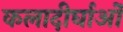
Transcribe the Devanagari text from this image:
कलादीर्घाओं